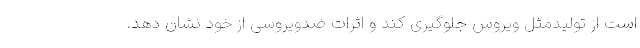
است از تولیدمثل ویروس جلوگیری کند و اثرات ضدویروسی از خود نشان دهد.